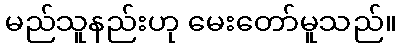
မည်သူနည်းဟု မေးတော်မူသည်။